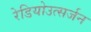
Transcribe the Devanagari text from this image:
रेडियोउत्सर्जन